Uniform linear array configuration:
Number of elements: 4
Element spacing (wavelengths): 0.25
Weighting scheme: binomial
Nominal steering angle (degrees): -30
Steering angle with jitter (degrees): -29.163
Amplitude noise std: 0.05
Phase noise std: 0.05

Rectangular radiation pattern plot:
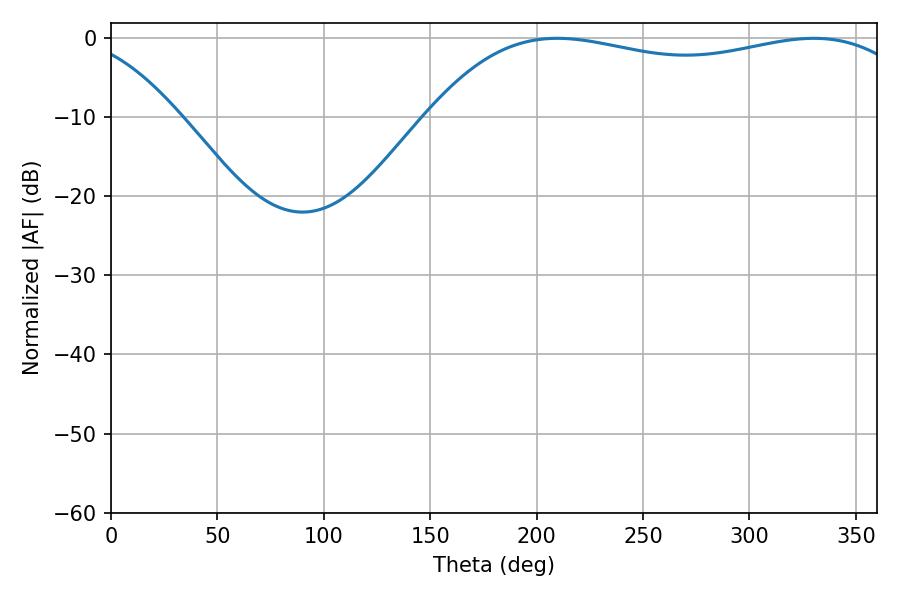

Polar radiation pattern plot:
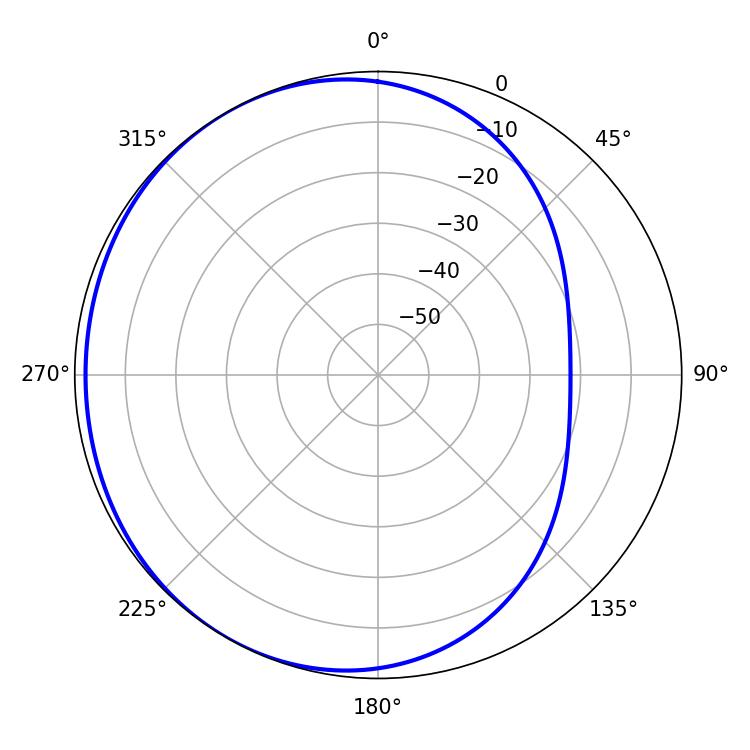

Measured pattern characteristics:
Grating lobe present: FALSE
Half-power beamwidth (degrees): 185.94
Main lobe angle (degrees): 209.7